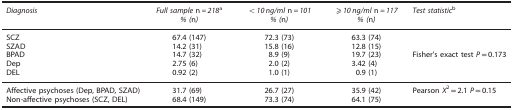
<table><thead><tr><td><b><i>Diagnosis</i></b></td><td><b><i>Full sample</i> n<i>=218</i>a<i>% (</i>n<i>)</i></b></td><td><b><i>&lt;10 ng/ml</i> n<i>=101 % (</i>n<i>)</i></b></td><td><b><i>⩾10 ng/ml</i> n<i>=117 % (</i>n<i>)</i></b></td><td><b><i>Test statistic</i>b</b></td></tr></thead><tbody><tr><td>SCZ</td><td>67.4 (147)</td><td>72.3 (73)</td><td>63.3 (74)</td><td>[EMPTY_CELL]</td></tr><tr><td>SZAD</td><td>14.2 (31)</td><td>15.8 (16)</td><td>12.8 (15)</td><td>[EMPTY_CELL]</td></tr><tr><td>BPAD</td><td>14.7 (32)</td><td>8.9 (9)</td><td>19.7 (23)</td><td>Fisher's exact test <i>P</i>=0.173</td></tr><tr><td>Dep</td><td>2.75 (6)</td><td>2.0 (2)</td><td>3.42 (4)</td><td>[EMPTY_CELL]</td></tr><tr><td>DEL</td><td>0.92 (2)</td><td>1.0 (1)</td><td>0.9 (1)</td><td>[EMPTY_CELL]</td></tr><tr><td>Affective psychoses (Dep, BPAD, SZAD)</td><td>31.7 (69)</td><td>26.7 (27)</td><td>35.9 (42)</td><td>Pearson <i>Χ</i><sup>2</sup>=2.1 <i>P</i>=0.15</td></tr><tr><td>Non-affective psychoses (SCZ, DEL)</td><td>68.4 (149)</td><td>73.3 (74)</td><td>64.1 (75)</td><td>[EMPTY_CELL]</td></tr></tbody></table>